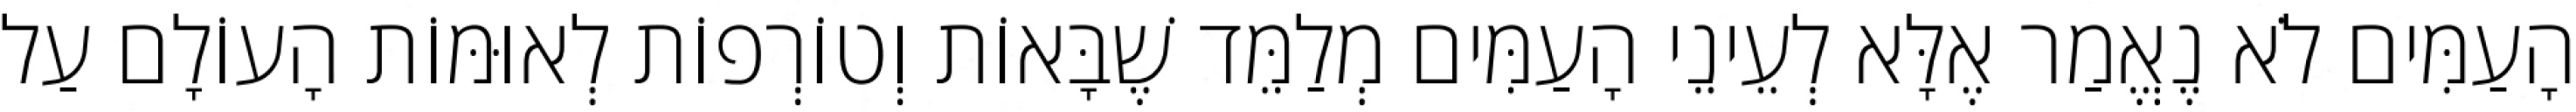
הָעַמִּים לֹא נֶאֱמַר אֶלָּא לְעֵינֵי הָעַמִּים מְלַמֵּד שֶׁבָּאוֹת וְטוֹרְפוֹת לְאוּמּוֹת הָעוֹלָם עַל